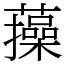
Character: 𧂈